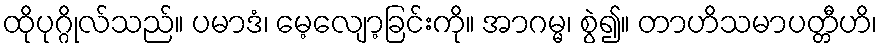
ထိုပုဂ္ဂိုလ်သည်။ ပမာဒံ၊ မေ့လျော့ခြင်းကို။ အာဂမ္မ၊ စွဲ၍။ တာဟိသမာပတ္တီဟိ၊